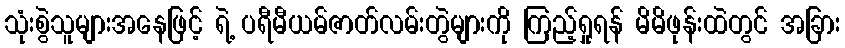
သုံးစွဲသူများအနေဖြင့် ရဲ့ ပရီမီယမ်ဇာတ်လမ်းတွဲများကို ကြည့်ရှုရန် မိမိဖုန်းထဲတွင် အခြား